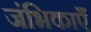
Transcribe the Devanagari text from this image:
जंभिकाएँ